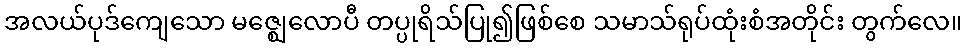
အလယ်ပုဒ်ကျေသော မဇ္ဈေလောပီ တပ္ပုရိသ်ပြု၍ဖြစ်စေ သမာသ်ရုပ်ထုံးစံအတိုင်း တွက်လေ။